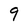
Character: 9